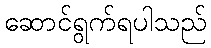
ဆောင်ရွက်ရပါသည်